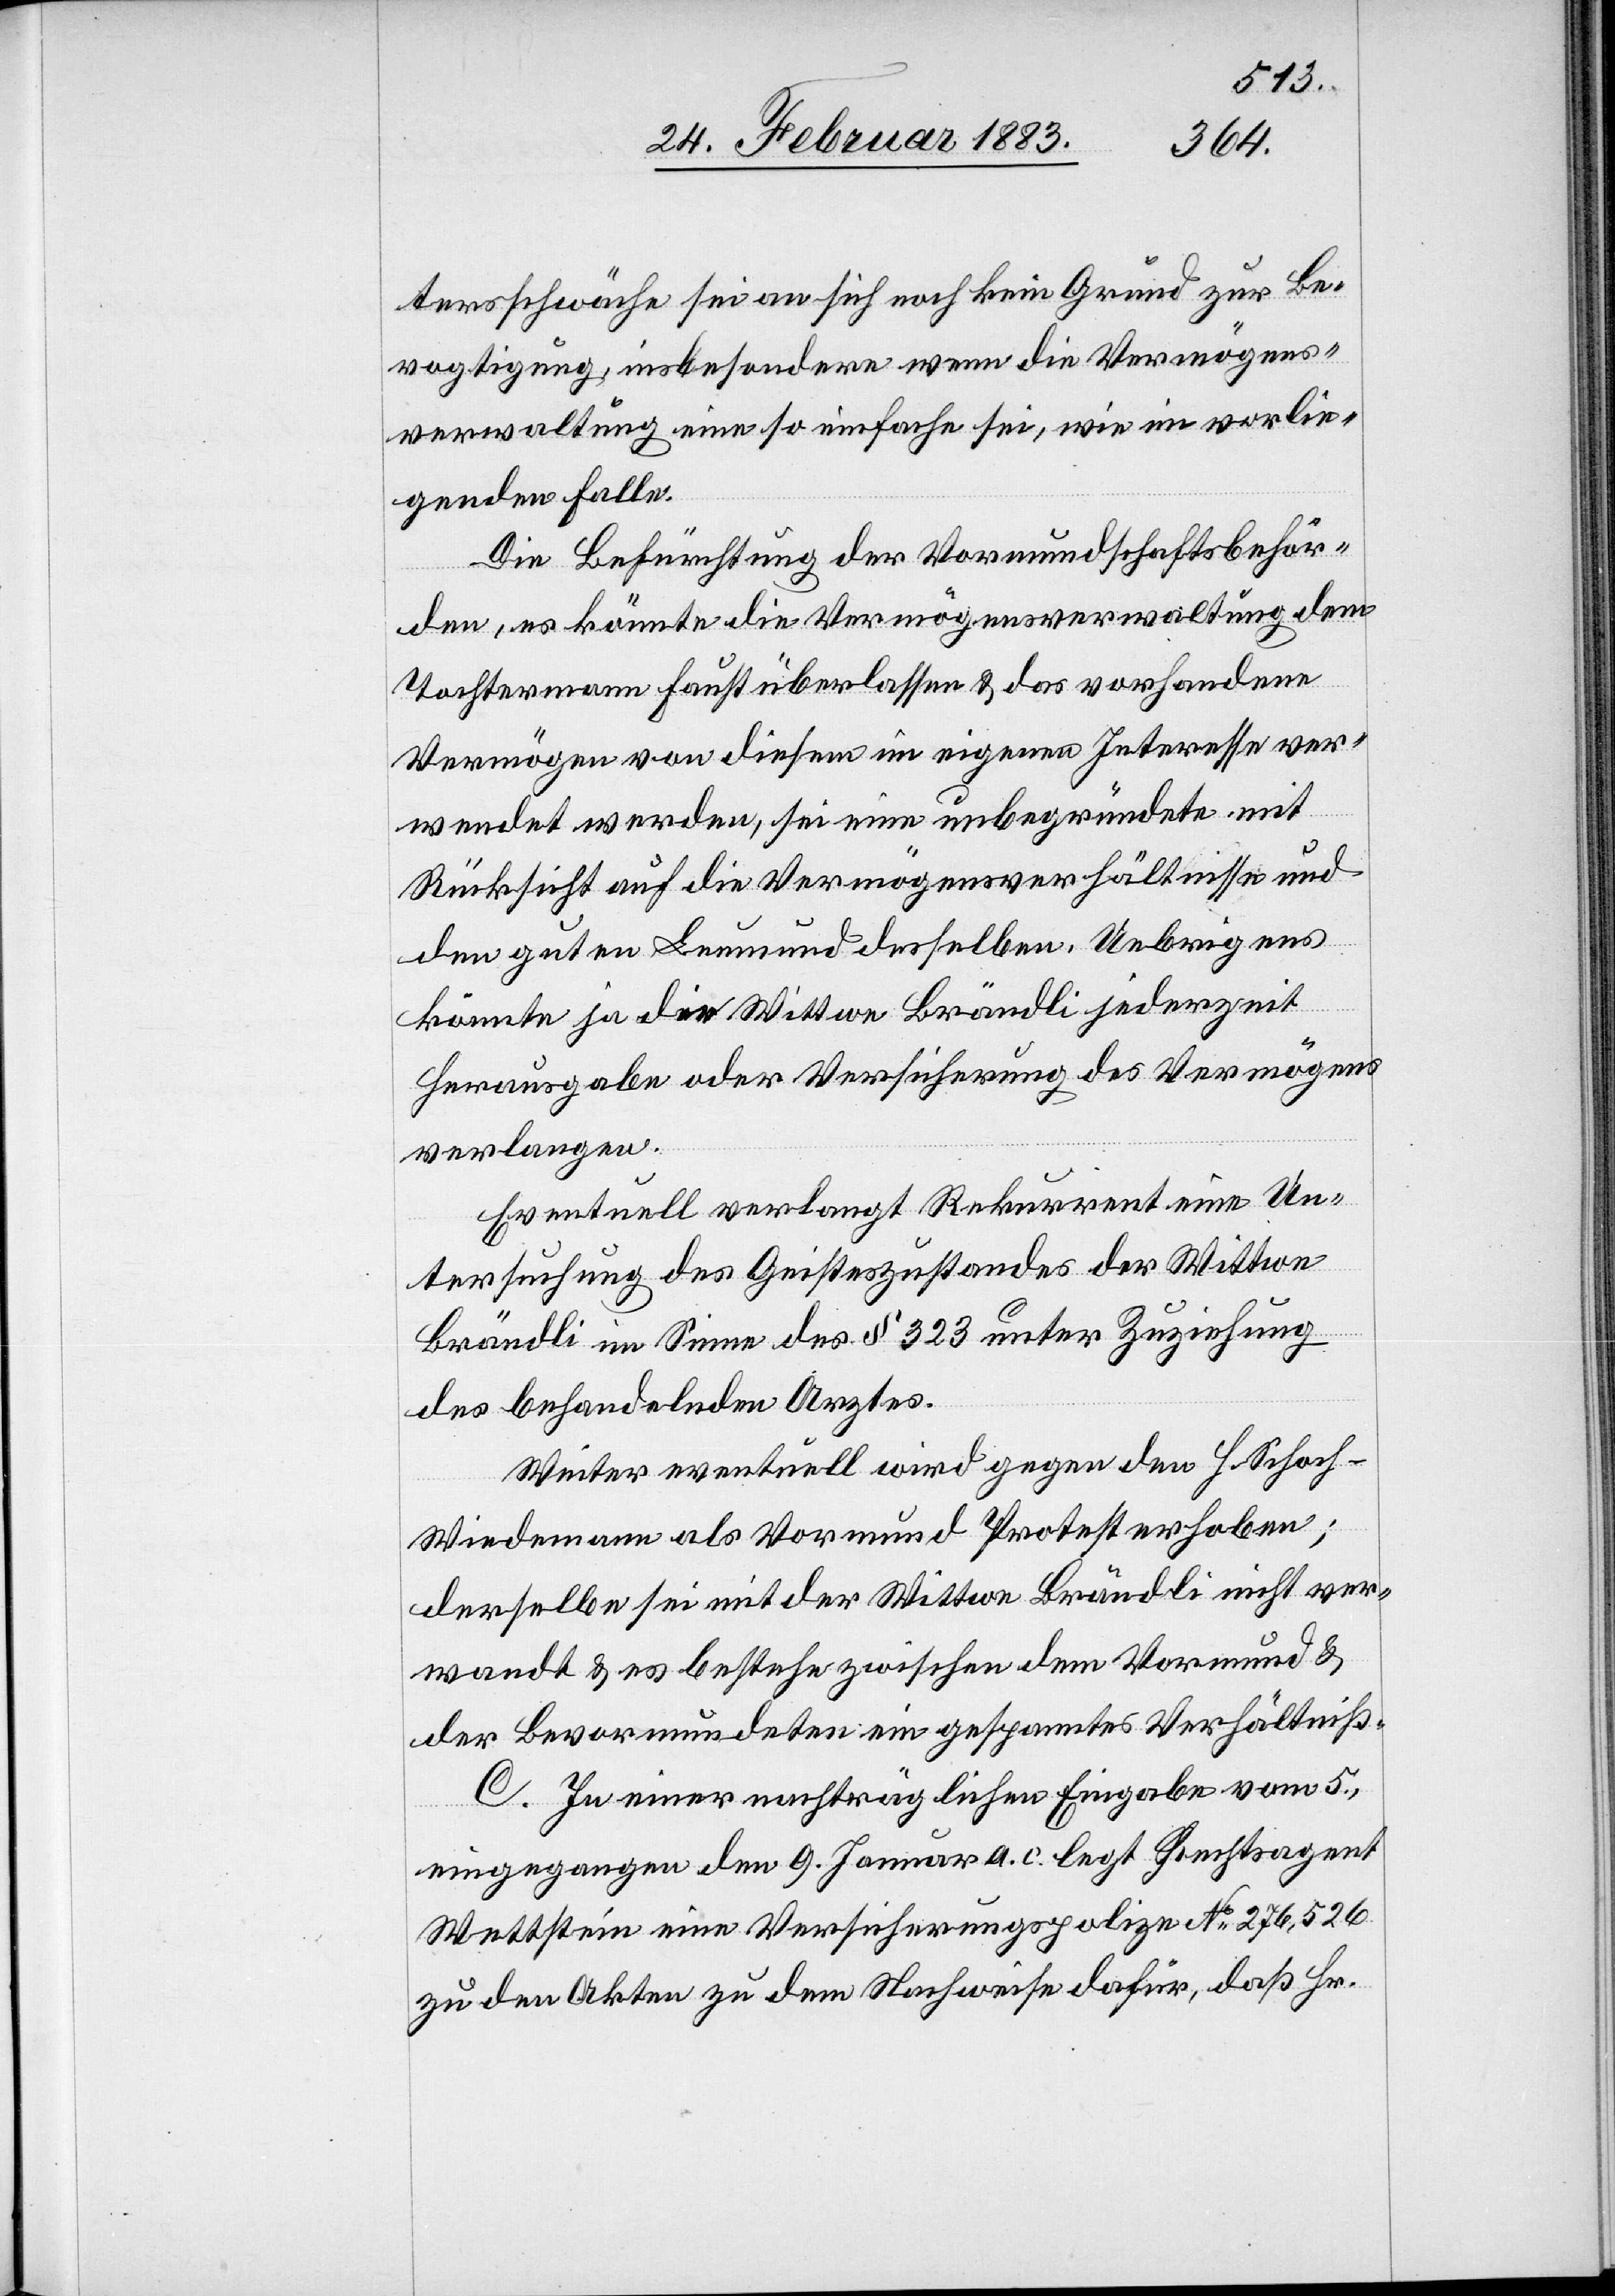
tersschwäche sei an sich noch kein Grund zur Be¬
vogtigung, insbesondere wenn die Vermögens¬
verwaltung eine so einfache sei, wie im vorlie¬
genden Falle.
Die Befürchtung der Vormundschaftsbehör¬
den, es könnte die Vermögensverwaltung dem
Tochtermann Faust überlassen & das vorhandene
Vermögen von diesem im eigenen Interesse ver¬
wendet werden, sei eine unbegründete mit
Rücksicht auf die Vermögensverhältnisse und
den guten Leumund desselben. Uebrigens
könnte ja die Wittwe Brändli jederzeit
Herausgabe oder Versicherung des Vermögens
verlangen.
Eventuell verlangt Rekurrent eine Un¬
tersuchung des Geisteszustandes der Wittwe
Brändli im Sinne des § 323 unter Zuziehung
des behandelnden Arztes.
Weiter eventuell wird gegen den H. Schoc¬
h-Wiedemann als Vormund Protest erhoben;
derselbe sei mit der Wittwe Brändli nicht ver¬
wandt & es bestehe zwischen dem Vormund &
der Bevormundeten ein gespanntes Verhältniß.
C. In einer nachträglichen Eingabe vom 5.,
eingegangen den 9. Januar a. c. legt Rechtsagent
Wettstein eine Versicherungspolize No 276,526
zu den Akten zu dem Nachweise dafür, daß Hr.